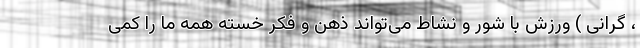
، گرانی ) ورزش با شور و نشاط می‌تواند ذهن و فکر خسته همه ما را کمی